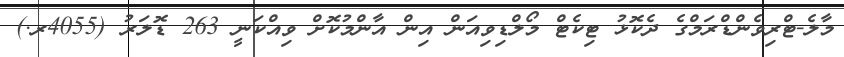
މާލެ-ޓްރިވެންޑްރަމްގެ ދެކޮޅު ޓިކެޓް މޯލްޑިވިއަން އިން އާންމުކޮށް ވިއްކަނީ 263 ޑޮލަރު (4055ރ.)